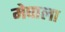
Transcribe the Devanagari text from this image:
मेघाला